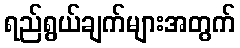
ရည်ရွယ်ချက်များအတွက်